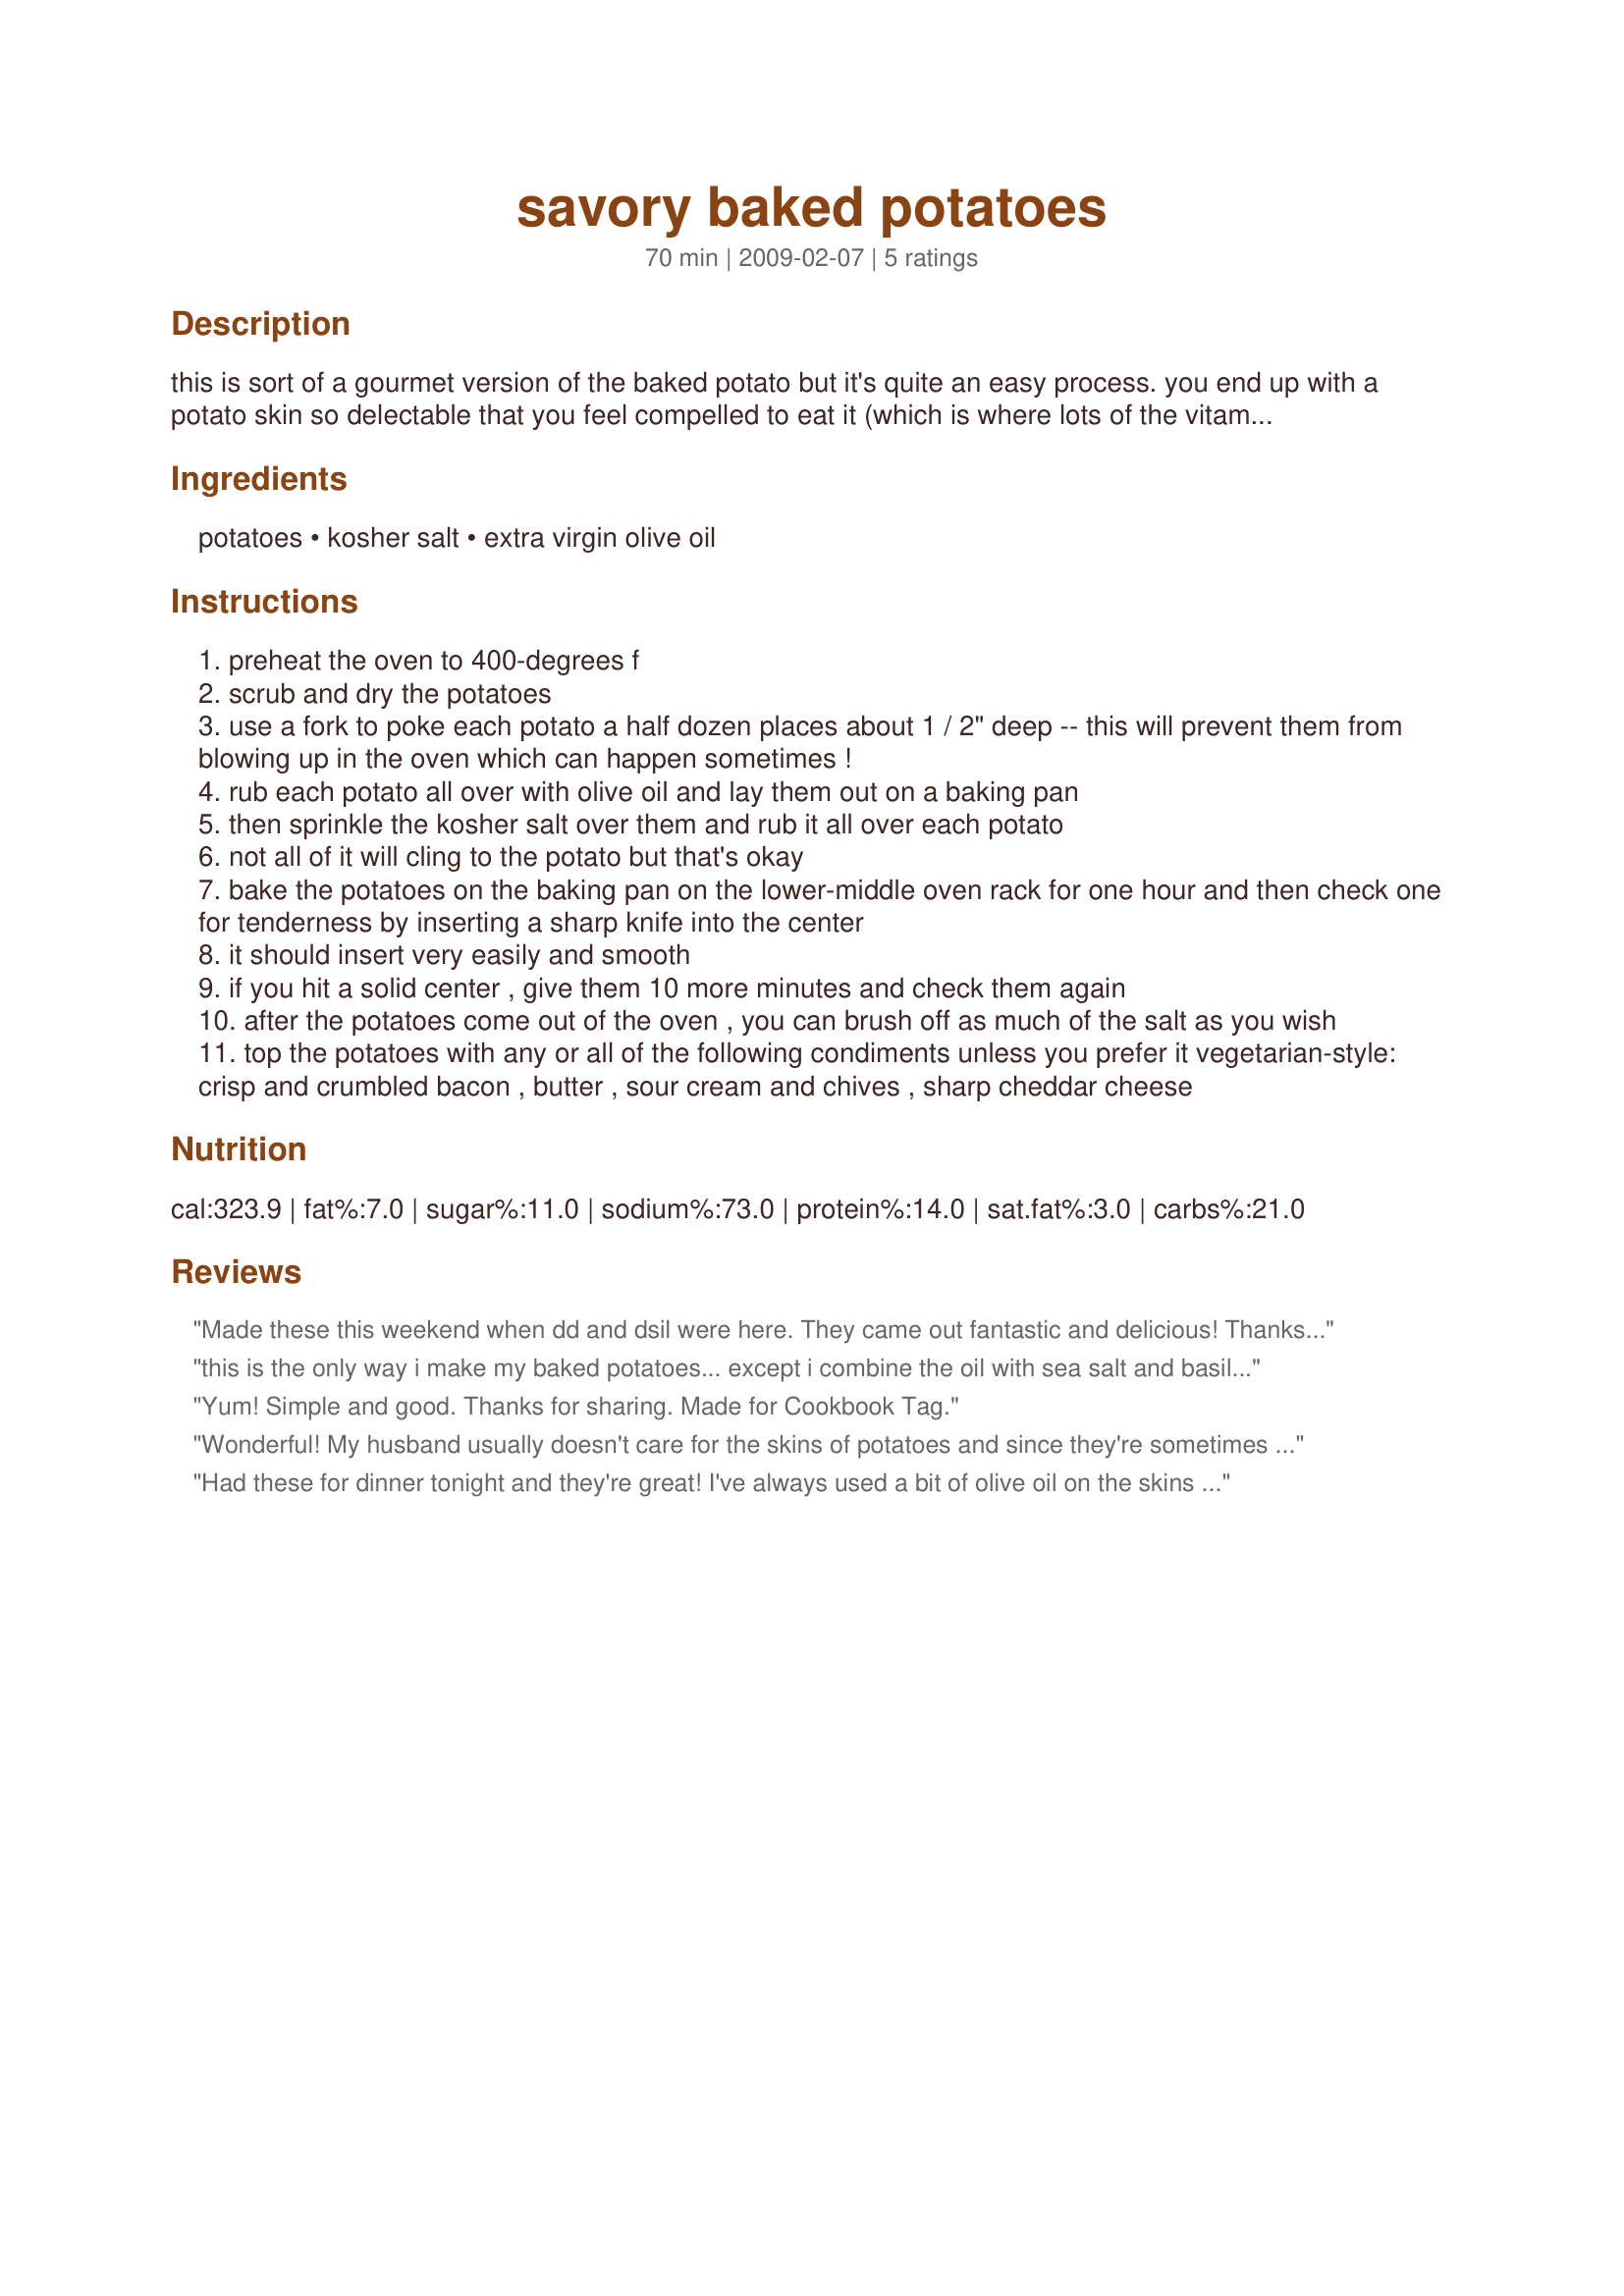
savory baked potatoes
Preparation time: 70 minutes

this is sort of a gourmet version of the baked potato but it's quite an easy process. you end up with a potato skin so delectable that you feel compelled to eat it (which is where lots of the vitamins are.) i like to use baking-sized russets for this recipe but you can use whatever you have. if you're baking smaller potatoes, just cut back on the time a bit. it's important that all the potatoes be about the same size to insure uniform doneness. also, i use extra virgin olive oil because it comes from the first pressing and it's pure, not extracted by the use of chemicals as in the case of cheaper olive oils.

Ingredients:
potatoes, kosher salt, extra virgin olive oil

Steps:
preheat the oven to 400-degrees f
scrub and dry the potatoes
use a fork to poke each potato a half dozen places about 1 / 2" deep -- this will prevent them from blowing up in the oven which can happen sometimes !
rub each potato all over with olive oil and lay them out on a baking pan
then sprinkle the kosher salt over them and rub it all over each potato
not all of it will cling to the potato but that's okay
bake the potatoes on the baking pan on the lower-middle oven rack for one hour and then check one for tenderness by inserting a sharp knife into the center
it should insert very easily and smooth
if you hit a solid center , give them 10 more minutes and check them again
after the potatoes come out of the oven , you can brush off as much of the salt as you wish
top the potatoes with any or all of the following condiments unless you prefer it vegetarian-style: crisp and crumbled bacon , butter , sour cream and chives , sharp cheddar cheese

Reviews:
Made these this weekend when dd and dsil were here. They came out fantastic and delicious! Thanks Bone Man!
this is the only way i make my baked potatoes... except i combine the oil with sea salt and basil and then just roll the potatoes in that... yummo sooo good!!
Yum! Simple and good. Thanks for sharing. Made for Cookbook Tag.
Wonderful! My husband usually doesn't care for the skins of potatoes and since they're sometimes the best part, I eat his. Well, not any more. Sigh.
Thanks, Bone Man
Had these for dinner tonight and they're great! I've always used a bit of olive oil on the skins before baking , but not the salt, so gave it a try and it was really good! No need to salt the potato as you said, and we love the cooked potato skins! Nothing left behind! :) Thanks for sharing your recipe!
